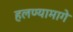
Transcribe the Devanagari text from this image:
हलण्यामागे